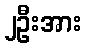
၂ဦးအား